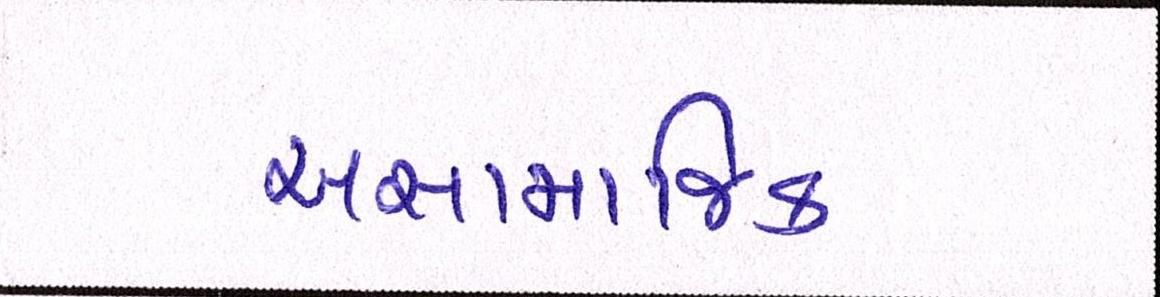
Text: અસામાજિક